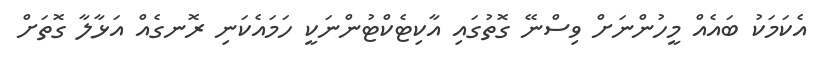
އެކަމަކު ބައެއް މީހުންނަށް ވިސްނޭ ގޮތުގައި އާކިޓެކްޓުންނަކީ ހަމައެކަނި ރޮނގެއް އަޅާލާ ގޮތަށް